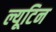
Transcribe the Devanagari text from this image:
ल्यूटिन